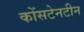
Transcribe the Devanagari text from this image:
कोंसटेनटीन